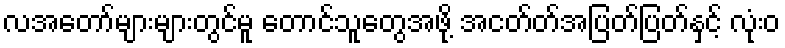
လအတော်များများတွင်မူ တောင်သူတွေအဖို့ အငတ်တ်အပြတ်ပြတ်နှင့် လုံးဝ